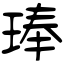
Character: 琫